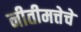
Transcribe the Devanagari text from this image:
नीतीमत्तेचे